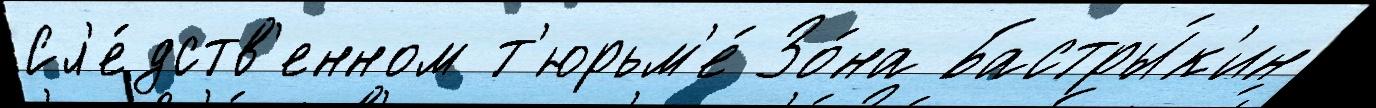
Сл'е́дств'енном т'юрьм'е́ Зо́на Бастры́к'ин